Juuru_vallavalitsus, lk 17
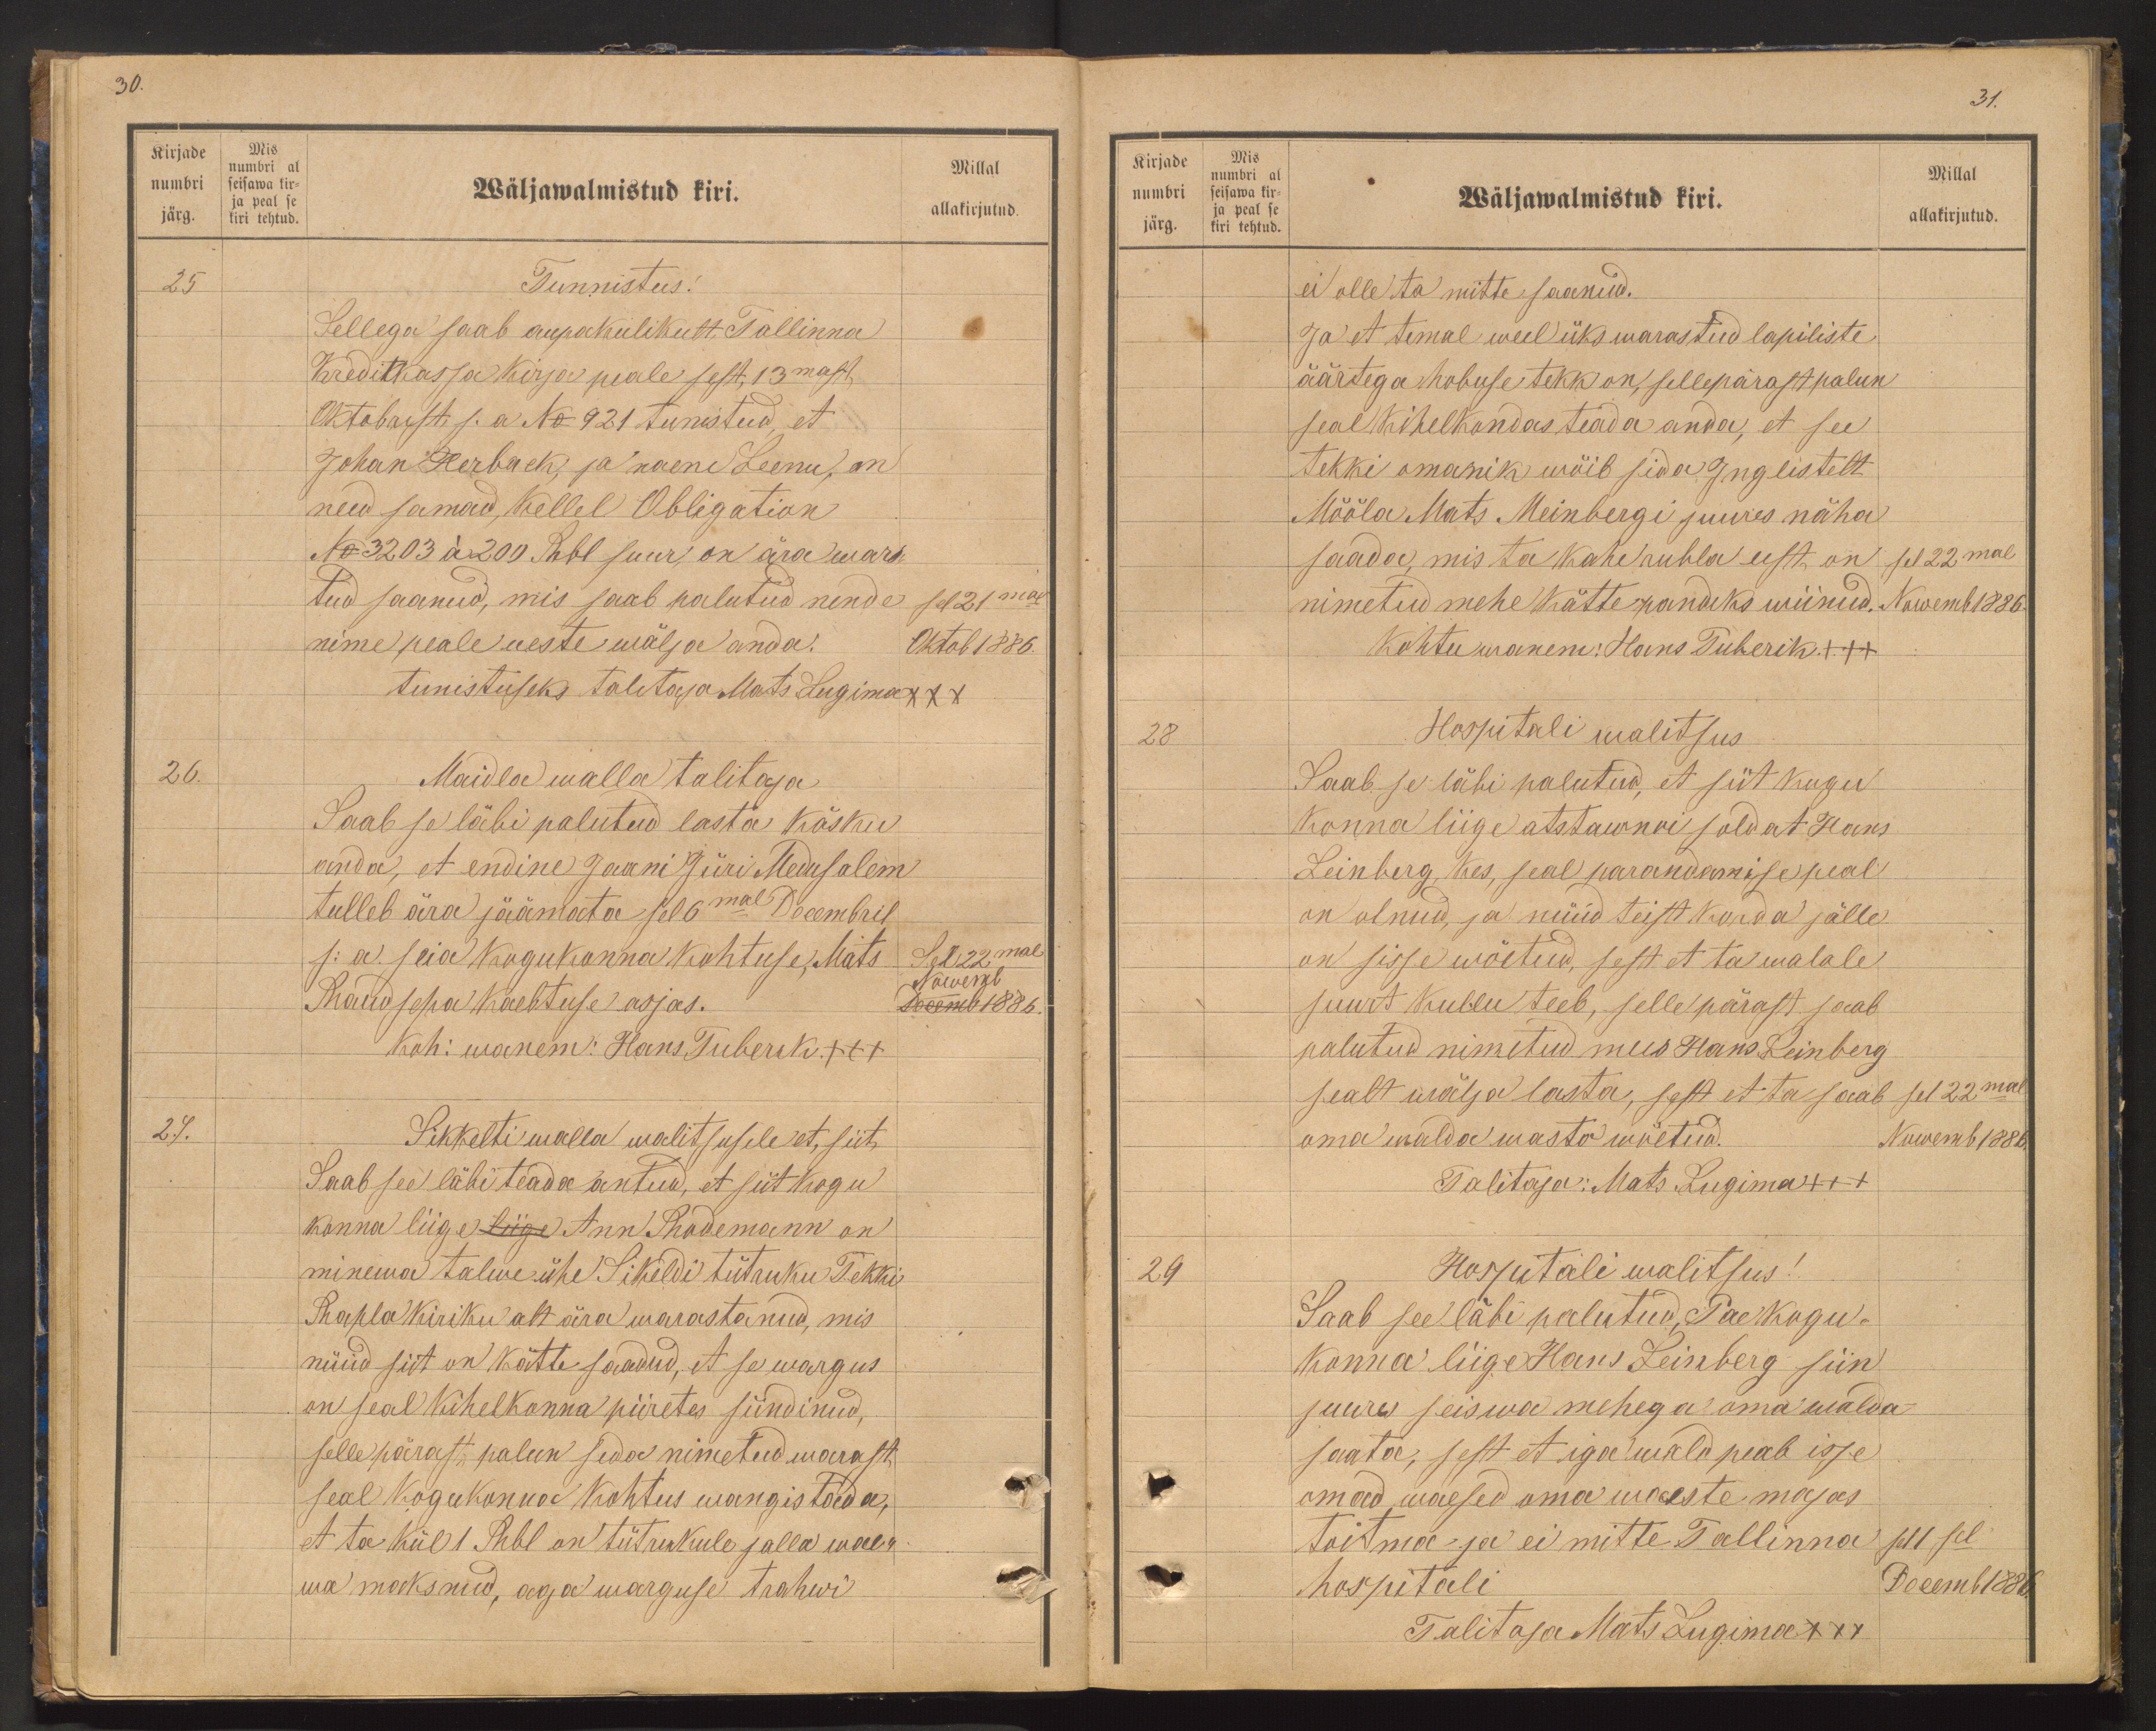
30.

Kirjade
numbri
järg.
Mis
numbri al
seisawa kir-
ja peal se
kiri tehutd.

Millal
Wäljawalmistud kiri.
allakirjutud.
25
Tunnistus!
Sellega saab aupakulikult Tallinna
Kreditkassa kirja peale sest, 13mast
Oktobrist s.a. No 921 tunistud, et
Johan Herback, ja naene Leenu, on
need samad, kellel Obligation
No: 3203 á 200 Rbl suur, on ära maks-
tud saanud, mis saab palutud nende sel 21mal
nime peale ueste wälja anda.
Oktob 1886.
tunnistuseks Talitaja Mats Lugime XXX
26.
Maidla walla talitaja
Saab se läbi palutud lasta käsku
anda, et endine Jaani Jüri Medusalem
tulleb ära jäämata sel 6mal Decembril
s. a. seia kogukonna kohtuse Mats
Sel. 22mal
Raudsepa kaebtuse asjas.
Noveml
Nowemb 1886.
Koh: wanem: Hans Tuberik +++
27.
Sikkelti walla walitsusele et, siit
Saab see läbi teada antud, et siit kogu
konna liige liige Ann Rademann on
minewa talwe ühe Sikeldi tütruku Tekki
Rapla kiriku alt ärra warastanud, mis
nüüd siit on kätte saadud, et se wargus
on seal kihelkonna piiretes sündinud,
selle pärast palun seda nimetud warrast
seal kogukonnod kohtus wangistada;
et ta kül 1 Rbl on tütrukule jalla waer
wa maksnud, aga warguse trahwi

Kirjade
numbri
järg.
Mis
numbri al
seisawa kir-
ja peal se
kiri tehtud.

31.
Millal
Wäljawalmistud kiri.
allakirjutud.
ei olle ta mitte saanud.
Ja et temal weel üks warastud lapiliste
äärtega hobuse tekk on, sellepärast palun
seal kihelkondas teada anda, et see
tekki omanik wöib sida Inglistelt
Mööla Mats Meinbergi juures näha
saada, mis ta kahe rubla eest on sel 22mal
nimetud mehe kätte pandiks wiinud. Nowemb 1886.
Kohtuwanem: Hans Tuberik +++
28
Hospitali walitsus
Saab se läbi palutud, et siit kogu
konna liige aststawnoi soldat Hans
Leinberg, kes, seal parandamise peal
on olnud, ja nüüd teist korda jälle
on sisse wõetud, sest et ta walale
suurt kullu teeb, selle pärast saab
palutud nimetud mees Hans Leinberg
sealt wälja lasta, sest et ta saab
sel 22mal
oma walda wasto wõetud.
Nowemb 1886
Talitaja: Mats Lugima +++
29
Harjutali walitsus!
Saab see läbi palutud, Pae kogu-
konna liige Hans Leinberg siin
juures seiswa mehega oma walda
saata, sest et iga wald peab isse
omad waesed oma waeste majas
toitma- ja ei mitte Tallinna
sel 1sel
hospitali
Decemb 1888
Talitaja Mats Lugima XXX